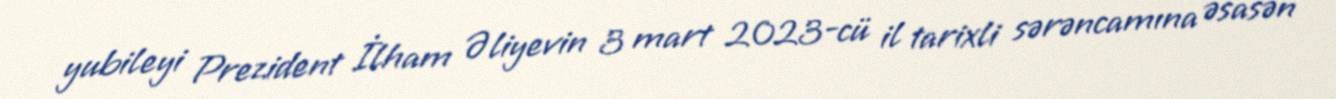
yubileyi Prezident İlham Əliyevin 3 mart 2023-cü il tarixli sərəncamına əsasən